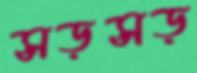
সড়সড়